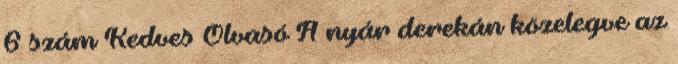
6 szám Kedves Olvasó A nyár derekán közelegve az